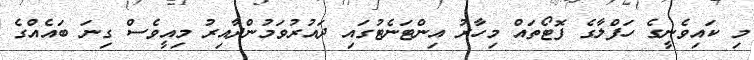
މި ކައިވެނީގެ ހަފްލާގެ ފޮޓޯތައް މިހާރު އިންޓަނެޓުގައި ދައުރުވަމުންދާއިރު މިއީވެސް ގިނަ ބައެއްގެ